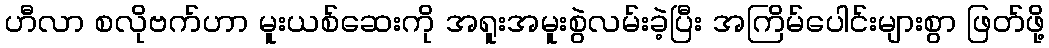
ဟီလာ စလိုဗက်ဟာ မူးယစ်ဆေးကို အရူးအမူးစွဲလမ်းခဲ့ပြီး အကြိမ်ပေါင်းများစွာ ဖြတ်ဖို့